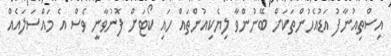
އިސްތިއުނާފު އަޑުއެހުންތަކަށް ބޭނުންވާ ލިޔެކިއުންތައް ހައި ކޯޓަށް ފޮނުވާނީ ވެސް އެ މައްސަލައެއް